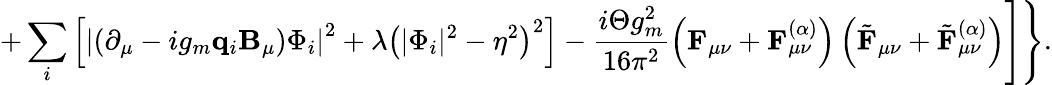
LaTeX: +\sum_{i}^{}\left[\left|\left(\partial_{\mu}-ig_{m}{\mathbf q}_{i}{\mathbf B}_{\mu}\right)\Phi_{i}\right|^{2}+\lambda\left(|\Phi_{i}|^{2}-\eta^{2}\right)^{2}\right]-\frac{i\Theta g_{m}^{2}}{16\pi^{2}}\left({\mathbf F}_{\mu\nu}+{\mathbf F}_{\mu\nu}^{(\alpha)}\right)\left(\tilde{\mathbf F}_{\mu\nu}+\tilde{\mathbf F}_{\mu\nu}^{(\alpha)}\right)\Biggr]\Biggr\} .